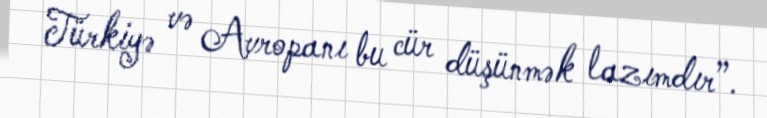
Türkiyə və Avropanı bu cür düşünmək lazımdır”.